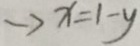
\rightarrow x = 1 - y